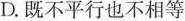
D.既不平行也不相等